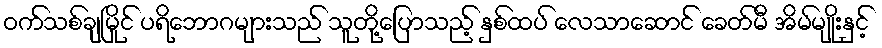
ဝက်သစ်ချမြိုင် ပရိဘောဂများသည် သူတို့ပြောသည့် နှစ်ထပ် လေသာဆောင် ခေတ်မီ အိမ်မျိုးနှင့်